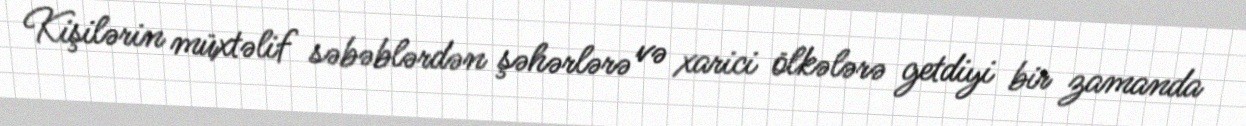
Kişilərin müxtəlif səbəblərdən şəhərlərə və xarici ölkələrə getdiyi bir zamanda